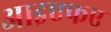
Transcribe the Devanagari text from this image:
आइएफए